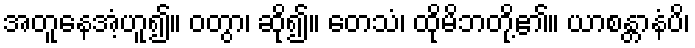
အတူနေအံ့ဟူ၍။ ဝတွာ၊ ဆို၍။ တေသံ၊ ထိုမိဘတို့၏။ ယာစန္တာနံပိ၊